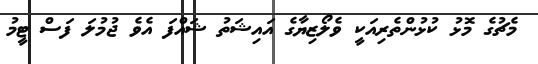
މެޗުގެ މޮޅު ކުޅުންތެރިއަކީ ވެލޯޒިޔާގެ އައިޝަތު ޝައްފަ އެވެ ޖުމުލަ ފަސް ޓީމު